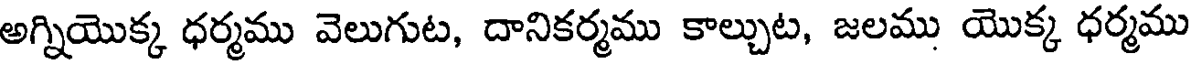
అగ్నియొక్క ధర్మము వెలుగుట, దానికర్మము కాల్చుట, జలము యొక్క ధర్మము